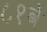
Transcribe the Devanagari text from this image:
८१वे